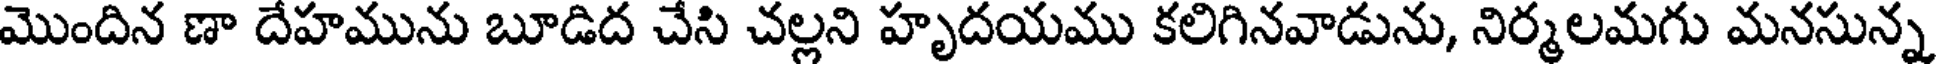
మొందిన ణా దేహమును బూడిద చేసి చల్లని హృదయము కలిగినవాడును, నిర్మలమగు మనసున్న